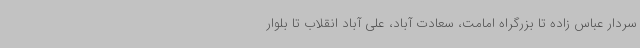
سردار عباس زاده تا بزرگراه امامت، سعادت آباد، علی آباد انقلاب تا بلوار